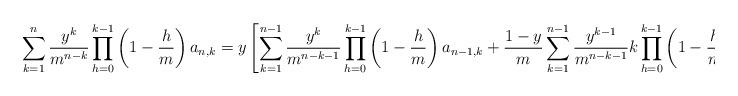
LaTeX: \begin{align*}&\sum_{k=1}^{n}\frac{y^k}{m^{n-k}}\prod_{h=0}^{k-1}\left(1-\frac{h}{m}\right)a_{n,k}=y\left[\sum_{k=1}^{n-1}\frac{y^k}{m^{n-k-1}}\prod_{h=0}^{k-1}\left(1-\frac{h}{m}\right)a_{n-1,k}+\frac{1-y}{m}\sum_{k=1}^{n-1}\frac{y^{k-1}}{m^{n-k-1}}k\prod_{h=0}^{k-1}\left(1-\frac{h}{m}\right)a_{n-1,k}\right]\\&\end{align*}